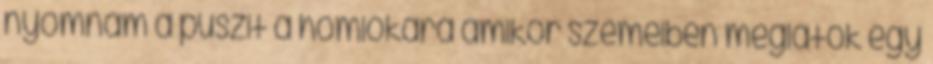
nyomnám a puszit a homlokára amikor szemeiben meglátok egy